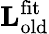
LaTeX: \mathbf{L}_{\mathrm{old}}^{\mathrm{fit}}